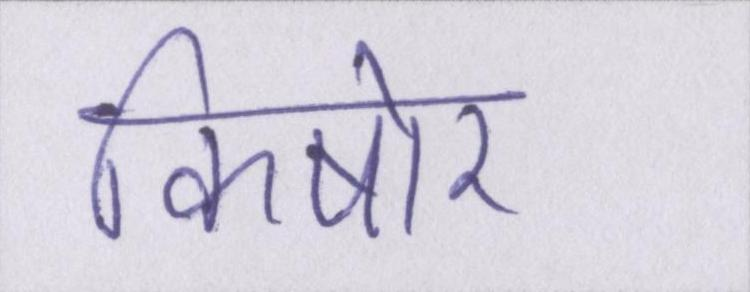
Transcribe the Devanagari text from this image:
किषोर